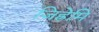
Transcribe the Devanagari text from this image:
जिह्रेमि